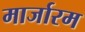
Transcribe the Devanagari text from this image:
मार्जारम